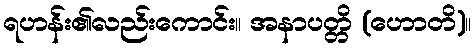
ရဟန်း၏လည်းကောင်း။ အနာပတ္တိ (ဟောတိ)။